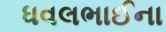
ધવલભાઈના